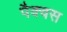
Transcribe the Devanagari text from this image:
पैक्वस